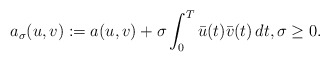
\begin{align*} a_\sigma(u,v):= a(u,v)+\sigma \int_0^T \bar u(t) \bar v(t) \, dt, \sigma \geq 0.\end{align*}